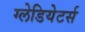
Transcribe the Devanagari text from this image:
ग्लेडियेटर्स